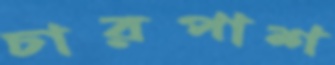
চারপাশ